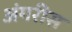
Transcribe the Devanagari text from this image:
अंगरीस